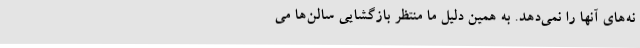
نه‌های آنها را نمی‌دهد. به همین دلیل ما منتظر بازگشایی سالن‌ها می